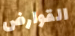
القوارض